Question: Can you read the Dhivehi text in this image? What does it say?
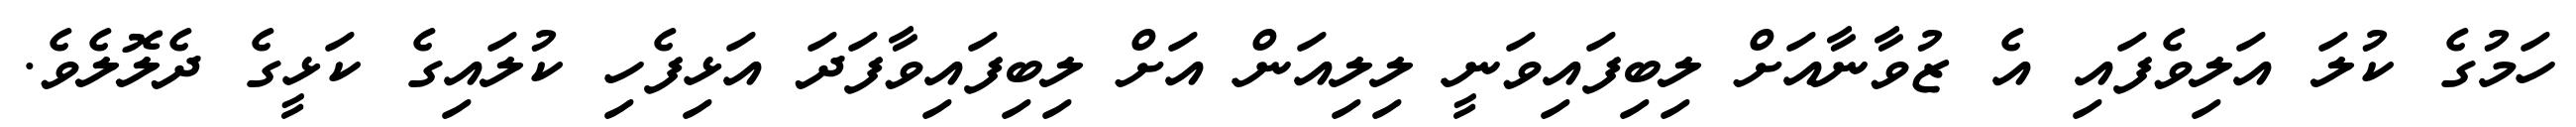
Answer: ހަމުގެ ކުލަ އަލިވެފައި އެ ޒުވާނާއަށް ލިބިފައިވަނީ ލިލިއަން އަށް ލިބިފައިވާފަދަ އަޅިފެހި ކުލައިގެ ކަޅީގެ ދެލޮލެވެ.